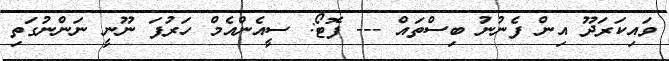
ވައިކަރަދޫ އިން ފެނުނު ބިސްތައް --- ފޮޓޯ: ސީއެންއެމް ހަރުފަ ނޫނީ ނަންނުގަތި